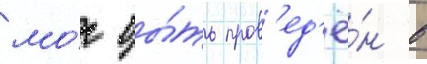
мо́г бы́ть пров'ед'ё́н в